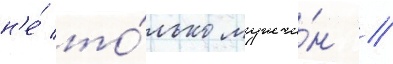
н'е́ то́лько мужчи́н /